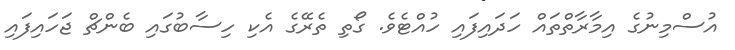
އުސްމިނުގެ އިމާރާތްތައް ހަދައިފައި ހުއްޓެވެ. ގޯތި ތެރޭގެ އެކި ހިސާބުގައި ބެންޗް ޖަހައިފައި